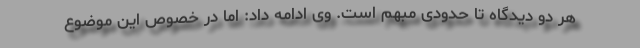
هر دو دیدگاه تا حدودی مبهم است. وی ادامه داد: اما در خصوص این موضوع